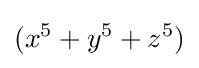
(x^{5}+y^{5}+z^{5})